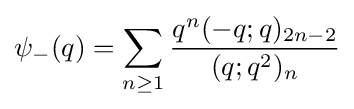
\psi _{-}(q)=\sum _{n\geq 1}{\frac {q^{n}(-q;q)_{2n-2}}{(q;q^{2})_{n}}}